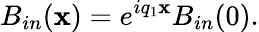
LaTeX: B_{in}(\mathbf{x})=e^{iq_{1}\mathbf{x}}B_{in}(0).